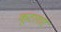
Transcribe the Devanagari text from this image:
कूटागार